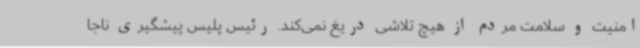
امنیت و سلامت مردم از هیچ تلاشی دریغ نمی‌کند. رئیس پلیس پیشگیری ناجا